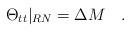
LaTeX: \begin{align*}\Theta_{tt}\vert_{RN}=\Delta M \quad . \end{align*}